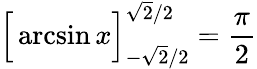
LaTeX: {\Big[}\arcsin x{\Big]}_{-{\sqrt{2}}/2}^{{\sqrt{2}}/2}={\frac{\pi}{2}}